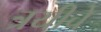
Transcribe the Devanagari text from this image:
त्रयीचे